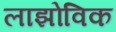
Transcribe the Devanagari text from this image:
लाझोविक